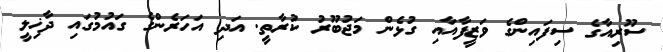
ސޫރިއާގެ ސިފައިންގެ ވަަޒީފާއާއި ގުޅެން މަޖުބޫރު ކުރާތީ. އަދި އަހަރެންގެ ގައުމުގައި ދާޚިލީ